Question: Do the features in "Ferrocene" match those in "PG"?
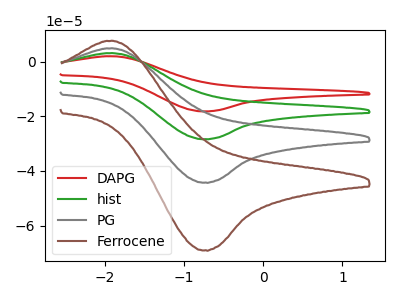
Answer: <think>The red curve "DAPG" has an anodic peak at (-1.95V, 14.65uA) and a cathodic peak at (-0.75V, -132.75uA). The green curve "hist" has an anodic peak at (-1.95V, 9.75uA) and a cathodic peak at (-0.75V, -88.50uA). The gray curve "PG" has an anodic peak at (-1.95V, 4.90uA) and a cathodic peak at (-0.75V, -44.25uA). The brown curve "Ferrocene" has an anodic peak at (-1.95V, 7.60uA) and a cathodic peak at (-0.75V, -69.05uA).
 All the peaks in "Ferrocene" have a peak in "PG" at the same potential. Every peak in "Ferrocene" is higher than every peak in "PG".</think>
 <answer>"Ferrocene" and "PG" are similar in shape.</answer>
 <eval>same_shape</eval>